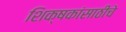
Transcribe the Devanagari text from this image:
शिक्षकांसाठीचे